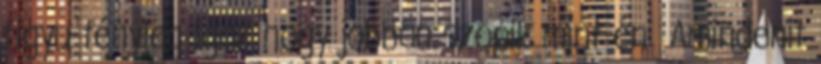
figyu tényleg igaz hogy jobban szopik mint én Amindenit